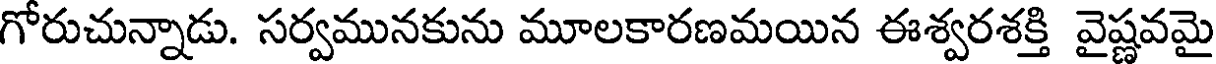
గోరుచున్నాడు. సర్వమునకును మూలకారణమయిన ఈశ్వరశక్తి వైష్ణవమై